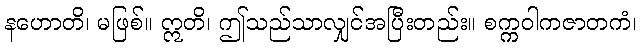
နဟောတိ၊ မဖြစ်။ ဣတိ၊ ဤသည်သာလျှင်အပြီးတည်း။ စက္ကဝါကဇာတကံ၊